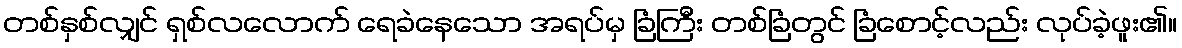
တစ်နှစ်လျှင် ရှစ်လလောက် ရေခဲနေသော အရပ်မှ ခြံကြီး တစ်ခြံတွင် ခြံစောင့်လည်း လုပ်ခဲ့ဖူး၏။